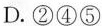
D.②④⑤